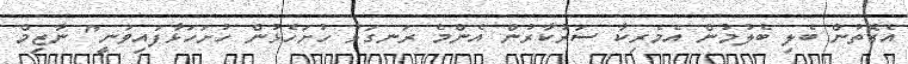
އެގޮތުން ބެލި ބެލުމުން އެމެރިކާ ސަރުކާރުން އެންމެ ރަނގަޅު ހުށަހެޅުން ހުށަހަޅާފައިވަނީ" ނާޒިމް